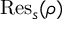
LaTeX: { \mathrm { R e s } } _ { s } ( \rho )